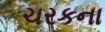
ચરકના